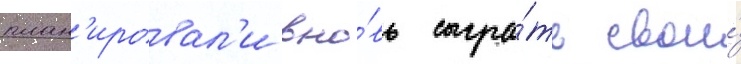
план'ировал'и вно́вь сыгра́ть свои́